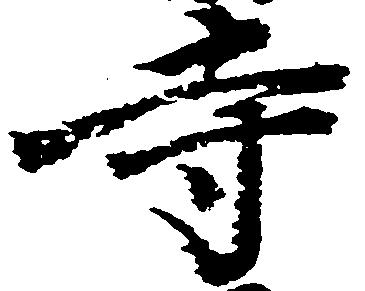
寺